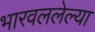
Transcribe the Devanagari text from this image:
भारवललेल्या